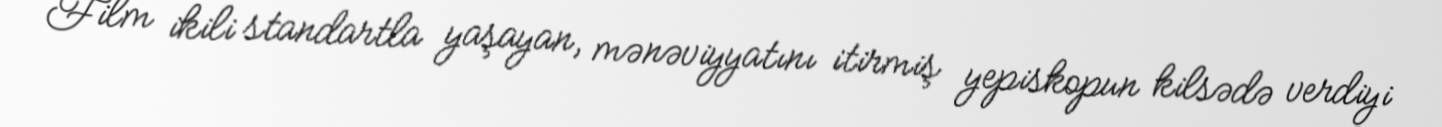
Film ikili standartla yaşayan, mənəviyyatını itirmiş yepiskopun kilsədə verdiyi